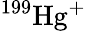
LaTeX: ^{199}{\mathrm{Hg}}^{+}